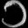
Digit: ၁